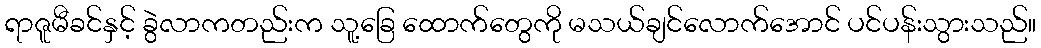
ရာဇူမီခင်နှင့် ခွဲလာကတည်းက သူ့ခြေ ထောက်တွေကို မသယ်ချင်လောက်အောင် ပင်ပန်းသွားသည်။